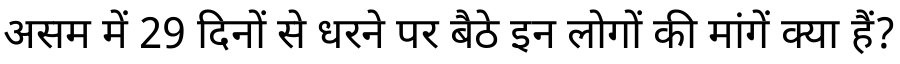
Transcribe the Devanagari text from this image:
असम में 29 दिनों से धरने पर बैठे इन लोगों की मांगें क्या हैं?